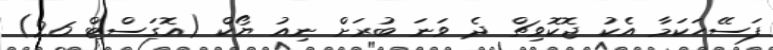
ފަސޭހަކަމާ އެކު ޖޮކޮވިޗް ދެ ވަނަ ބުރަށް ނިއު ޔޯކް (އޮގަސްޓް 26)